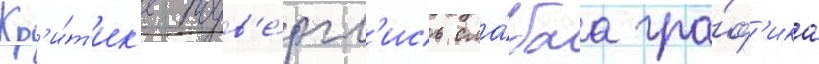
Кр'и́т'ик'е подв'е́ргл'ись сла́баа гра́ф'ика